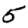
Digit: 5